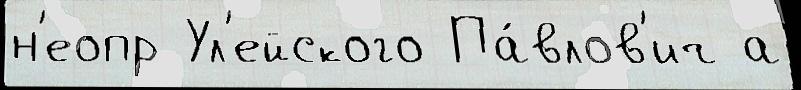
н'еопр Ул'ейского Па́влов'ич а